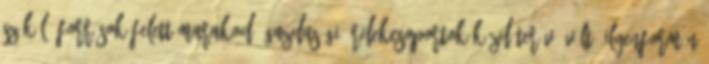
szűkülő források felett marakodó gazdasági érdekcsoportok küzdőterévé vált. Ilyenformán